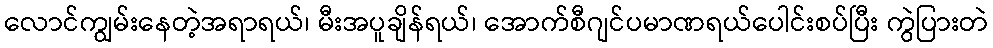
လောင်ကျွမ်းနေတဲ့အရာရယ်၊ မီးအပူချိန်ရယ်၊ အောက်စီဂျင်ပမာဏရယ်ပေါင်းစပ်ပြီး ကွဲပြားတဲ